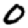
Digit: 0